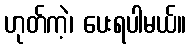
ဟုတ်ကဲ့၊ ပေးရပါမယ်။